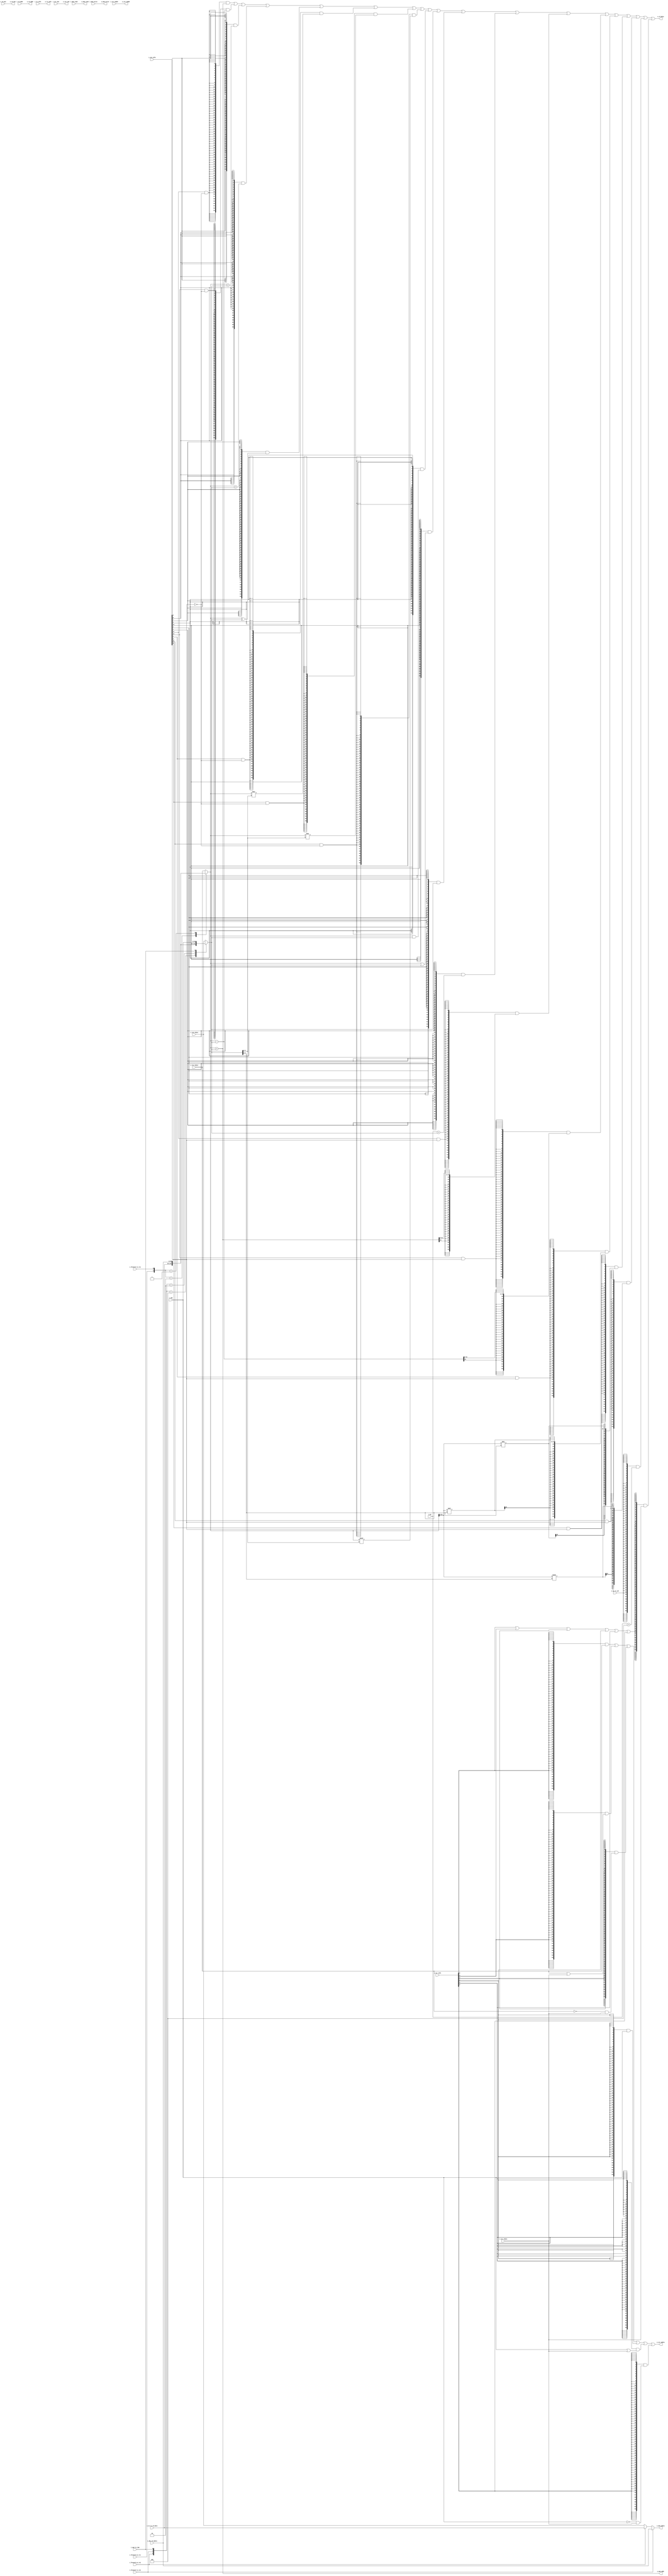
// Copyright 2021 LinYouxu, linyouxu1997@foxmail.com
// Last edit: 2021.07.18
// Execute unit
// As known as "EX"


module  ysyx_210238_exu(
    // id
    input   [63:0] i_imm,
    input   [63:0] i_rs1_rdata,
    input   [63:0] i_rs2_rdata,
    input   [63:0] i_csr_rdata,
    input   [63:0] i_pc,

    // ex control
    input   [12:0] i_alu_info,
    input   [5:0]  i_csr_info,
    input          i_op2_is_imm,
    input          i_op_is_jal,

    // wb control
    input          i_rd_wen,
    output         o_rd_wen,
    // wb
    input   [4:0]  i_rd_addr,
    output  [63:0] o_rd_data,
    output  [4:0]  o_rd_addr,

    // ls
    output  [63:0] o_mem_addr,
    output  [63:0] o_mem_wdata,
    // ls control
    input   [10:0] i_ls_info,
    input          i_mem_read,
    input          i_mem_write,
    output  [10:0] o_ls_info,
    output         o_mem_read,
    output         o_mem_write,

    // forward control
    input          i_forward_ex_rs1,
    input          i_forward_ex_rs2,
    input          i_forward_ls_rs1,
    input          i_forward_ls_rs2,

    input   [63:0] i_ex_ls_rd_data,
    input   [63:0] i_wbu_rd_wdata,

    // csr
    input          i_csr_wen,
    input   [11:0] i_csr_waddr,
    output  [63:0] o_csr_wdata,
    output         o_csr_wen,
    output  [11:0] o_csr_waddr


);


//---------------Variables declaration------------------------
wire op_alu_or    = i_alu_info[12];
wire op_alu_add   = i_alu_info[11] & ~i_alu_info[0];
wire op_alu_sub   = i_alu_info[10] & ~i_alu_info[0];
wire op_alu_slt   = i_alu_info[ 9];
wire op_alu_sltu  = i_alu_info[ 8];
wire op_alu_xor   = i_alu_info[ 7];
wire op_alu_sll   = i_alu_info[ 6] & ~i_alu_info[0];
wire op_alu_srl   = i_alu_info[ 5] & ~i_alu_info[0];
wire op_alu_sra   = i_alu_info[ 4] & ~i_alu_info[0];
wire op_alu_and   = i_alu_info[ 3];
wire op_alu_lui   = i_alu_info[ 2];
wire op_alu_auipc = i_alu_info[ 1];
wire op_alu_word  = i_alu_info[ 0];
wire op_alu_addw  = i_alu_info[11] & i_alu_info[0];
wire op_alu_subw  = i_alu_info[10] & i_alu_info[0];
wire op_alu_sllw  = i_alu_info[ 6] & i_alu_info[0];
wire op_alu_srlw  = i_alu_info[ 5] & i_alu_info[0];
wire op_alu_sraw  = i_alu_info[ 4] & i_alu_info[0];

wire op_csr_csrrw = i_csr_info[5];
wire op_csr_csrrs = i_csr_info[4];
wire op_csr_csrrc = i_csr_info[3];
wire op_csr_csrrwi= i_csr_info[2];
wire op_csr_csrrsi= i_csr_info[1];
wire op_csr_csrrci= i_csr_info[0];
wire op_csr       = op_csr_csrrw
                  | op_csr_csrrs
                  | op_csr_csrrc
                  | op_csr_csrrwi
                  | op_csr_csrrsi
                  | op_csr_csrrci
                  ;


wire signed [63:0] add_rd_data;
wire signed [63:0] sub_rd_data;
wire        [63:0] slt_rd_data;
wire        [63:0] sltu_rd_data;
wire        [63:0] xor_rd_data;
wire        [63:0] sll_rd_data;
wire        [63:0] srl_rd_data;
wire signed [63:0] sra_rd_data;
wire        [63:0] and_rd_data;
wire        [63:0] or_rd_data;
wire        [63:0] lui_rd_data;
wire signed [63:0] auipc_rd_data;
wire        [63:0] addw_rd_data;
wire        [63:0] subw_rd_data;
wire        [63:0] sllw_rd_data;
wire        [63:0] srlw_rd_data;
wire        [63:0] sraw_rd_data;
wire        [63:0] jal_rd_data;

wire        [31:0] sllw_temp;
wire        [31:0] srlw_temp;
wire signed [31:0] sraw_temp;

wire        [63:0] csrrw_wdata;
wire        [63:0] csrrs_wdata;
wire        [63:0] csrrc_wdata;
wire        [63:0] csrrwi_wdata;
wire        [63:0] csrrsi_wdata;
wire        [63:0] csrrci_wdata;

reg         [63:0] op1;
reg         [63:0] op2;

wire signed [63:0] op1_signed;
wire signed [63:0] op2_signed;

wire        [31:0] op1_word;
wire signed [31:0] op1_word_signed;

wire signed [63:0] pc_signed;

wire op1_lt_op2_signed;
wire op1_lt_op2_unsigned;

wire [5:0] shift_bits;

//-----------------OP-------------------------
always @(*) begin
    case ({i_forward_ex_rs1, i_forward_ls_rs1})
        2'b10   : op1 = i_ex_ls_rd_data;
        2'b01   : op1 = i_wbu_rd_wdata;
        default : op1 = i_rs1_rdata;
    endcase
end

always @(*) begin
    casez ({i_forward_ex_rs2, i_forward_ls_rs2, i_op2_is_imm})
        3'b100  : op2 = i_ex_ls_rd_data;
        3'b010  : op2 = i_wbu_rd_wdata;
        3'b??1  : op2 = i_imm;
        default : op2 = i_rs2_rdata;
    endcase
end

assign op1_signed = $signed(op1);
assign op2_signed = $signed(op2);

assign op1_word        = op1[31:0];
assign op1_word_signed = $signed(op1_word);

assign pc_signed  = $signed(i_pc);
assign shift_bits = op2[5:0];


//----------------ALU---------------------

// add addi
assign add_rd_data   = op1_signed + op2_signed;

// sub subw
assign sub_rd_data   = op1_signed - op2_signed;

// slt slti
assign op1_lt_op2_signed = op1_signed < op2_signed;
assign slt_rd_data       = {{63{1'b0}}, op1_lt_op2_signed};

// sltu sltiu
assign op1_lt_op2_unsigned = op1 < op2;
assign sltu_rd_data        = {{63{1'b0}}, op1_lt_op2_unsigned};

// xor xori
assign xor_rd_data = op1 ^ op2;

// sll slli
assign sll_rd_data = op1 << shift_bits;

// srl srli
assign srl_rd_data = op1 >> shift_bits;

// sra srai
assign sra_rd_data = op1_signed >>> shift_bits;

// and andi
assign and_rd_data = op1 & op2;

// or ori
assign or_rd_data  = op1 | op2;

// lui
assign lui_rd_data = op2;

// auipc
assign auipc_rd_data = pc_signed + op2_signed;

// addw addiw
assign addw_rd_data = {{32{add_rd_data[31]}}, add_rd_data[31:0]};

// subw
assign subw_rd_data = {{32{sub_rd_data[31]}}, sub_rd_data[31:0]};

// sllw slliw
assign sllw_temp    = op1_word << shift_bits[4:0];
assign sllw_rd_data = {{32{sllw_temp[31]}}, sllw_temp};

// srlw srliw
assign srlw_temp    = op1_word >> shift_bits[4:0];
assign srlw_rd_data = {{32{srlw_temp[31]}}, srlw_temp};

// sraw sraiw
assign sraw_temp    = op1_word_signed >>> shift_bits[4:0];
assign sraw_rd_data = {{32{sraw_temp[31]}}, sraw_temp};

// jal
assign jal_rd_data  = i_pc + 4;


//------------------CSR wdata--------------
assign csrrw_wdata  =  i_rs1_rdata;

assign csrrs_wdata  =  i_rs1_rdata | i_csr_rdata;

assign csrrc_wdata  = ~i_rs1_rdata & i_csr_rdata;

assign csrrwi_wdata =  i_imm;

assign csrrsi_wdata =  i_imm | i_csr_rdata;

assign csrrci_wdata = ~i_imm & i_csr_rdata;




//----------output---------------------
assign o_rd_wen  = i_rd_wen;

assign o_rd_addr = i_rd_addr;

assign o_rd_data = ({64{op_alu_add}}   & add_rd_data)
                |  ({64{op_alu_sub}}   & sub_rd_data)
                |  ({64{op_alu_slt}}   & slt_rd_data)
                |  ({64{op_alu_sltu}}  & sltu_rd_data)
                |  ({64{op_alu_xor}}   & xor_rd_data)
                |  ({64{op_alu_sll}}   & sll_rd_data)
                |  ({64{op_alu_srl}}   & srl_rd_data)
                |  ({64{op_alu_sra}}   & sra_rd_data)
                |  ({64{op_alu_and}}   & and_rd_data)
                |  ({64{op_alu_or}}    & or_rd_data)
                |  ({64{op_alu_lui}}   & lui_rd_data)
                |  ({64{op_alu_auipc}} & auipc_rd_data)
                |  ({64{op_alu_addw}}  & addw_rd_data)
                |  ({64{op_alu_subw}}  & subw_rd_data)
                |  ({64{op_alu_sllw}}  & sllw_rd_data)
                |  ({64{op_alu_srlw}}  & srlw_rd_data)
                |  ({64{op_alu_sraw}}  & sraw_rd_data)
                |  ({64{i_op_is_jal}}  & jal_rd_data)
                |  ({64{op_csr}}       & i_csr_rdata)
                ;


assign o_mem_addr  = add_rd_data;
assign o_mem_wdata = i_forward_ls_rs2 ? i_wbu_rd_wdata :
                     i_forward_ex_rs2 ? i_ex_ls_rd_data : i_rs2_rdata;

assign o_ls_info   = i_ls_info;
assign o_mem_read  = i_mem_read;
assign o_mem_write = i_mem_write;

assign o_csr_waddr = i_csr_waddr;
assign o_csr_wen   = i_csr_wen;

assign o_csr_wdata = ({64{op_csr_csrrw }} & csrrw_wdata)
                  |  ({64{op_csr_csrrs }} & csrrs_wdata)
                  |  ({64{op_csr_csrrc }} & csrrc_wdata)
                  |  ({64{op_csr_csrrwi}} & csrrwi_wdata)
                  |  ({64{op_csr_csrrsi}} & csrrsi_wdata)
                  |  ({64{op_csr_csrrci}} & csrrci_wdata)
                  ;

endmodule